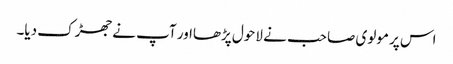
اس پر مولوی صاحب نے لاحول پڑھااور آپ نے جھڑک دیا۔